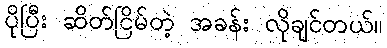
ပိုပြီး ဆိတ်ငြိမ်တဲ့ အခန်း လိုချင်တယ်။